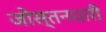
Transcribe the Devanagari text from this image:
जोस्तनधारी